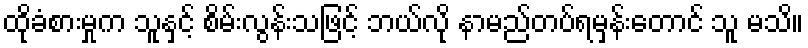
ထိုခံစားမှုက သူနှင့် စိမ်းလွန်းသဖြင့် ဘယ်လို နာမည်တပ်ရမှန်းတောင် သူ မသိ။